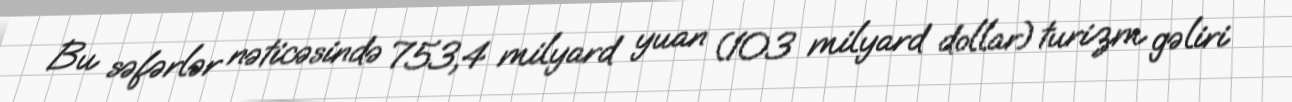
Bu səfərlər nəticəsində 753,4 milyard yuan (103 milyard dollar) turizm gəliri